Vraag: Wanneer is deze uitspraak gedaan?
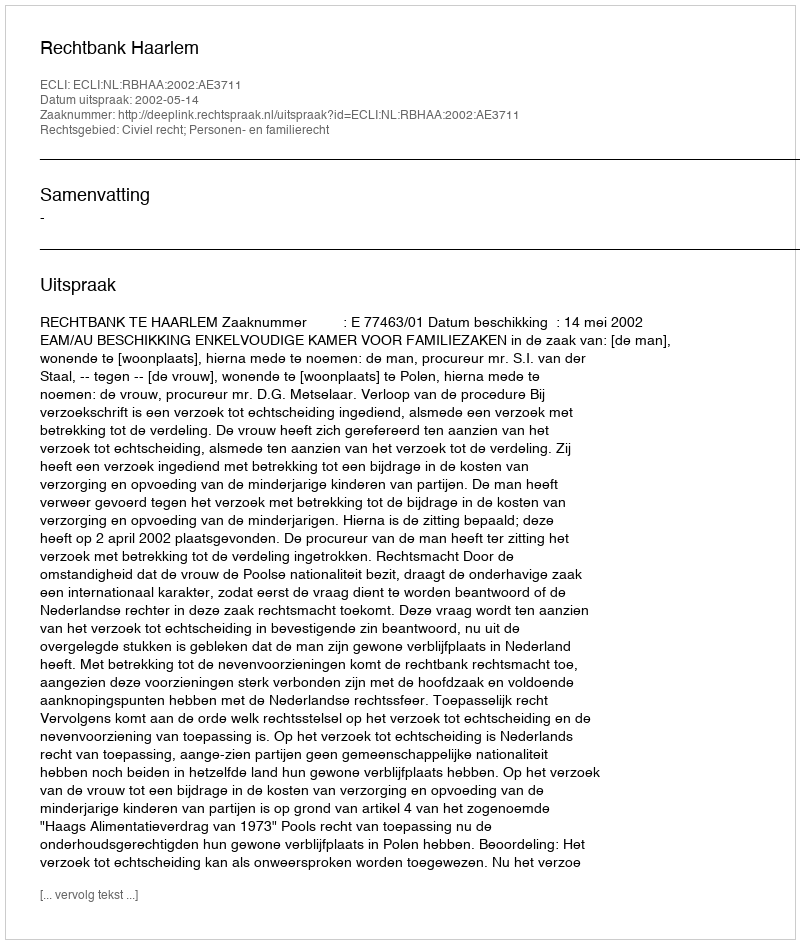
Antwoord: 2002-05-14